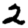
Digit: 2